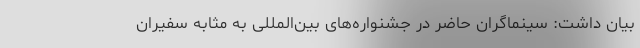
بیان داشت: سینماگران حاضر در جشنواره‌های بین‌المللی به مثابه سفیران